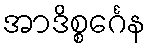
အာဒိစ္စင်္ဂေန